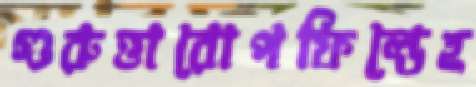
গুরুত্তারোপফিল্ডেহ